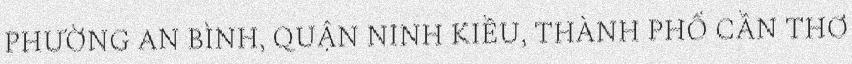
PHƯỜNG AN BÌNH, QUẬN NINH KIỀU, THÀNH PHỐ CẦN THƠ